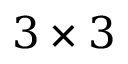
3 \times 3